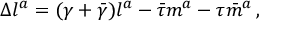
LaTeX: \Delta l ^ { a } = ( \gamma + { \bar { \gamma } } ) l ^ { a } - { \bar { \tau } } m ^ { a } - \tau { \bar { m } } ^ { a } \, ,